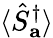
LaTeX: \langle\hat{S}_{\mathbf{a}}^{\dagger}\rangle